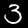
Label: 3